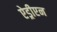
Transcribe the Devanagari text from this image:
ऐड्रीएन